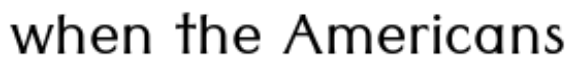
when the Americans